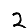
Digit: 2